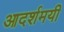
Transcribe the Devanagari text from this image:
आदर्शमयी